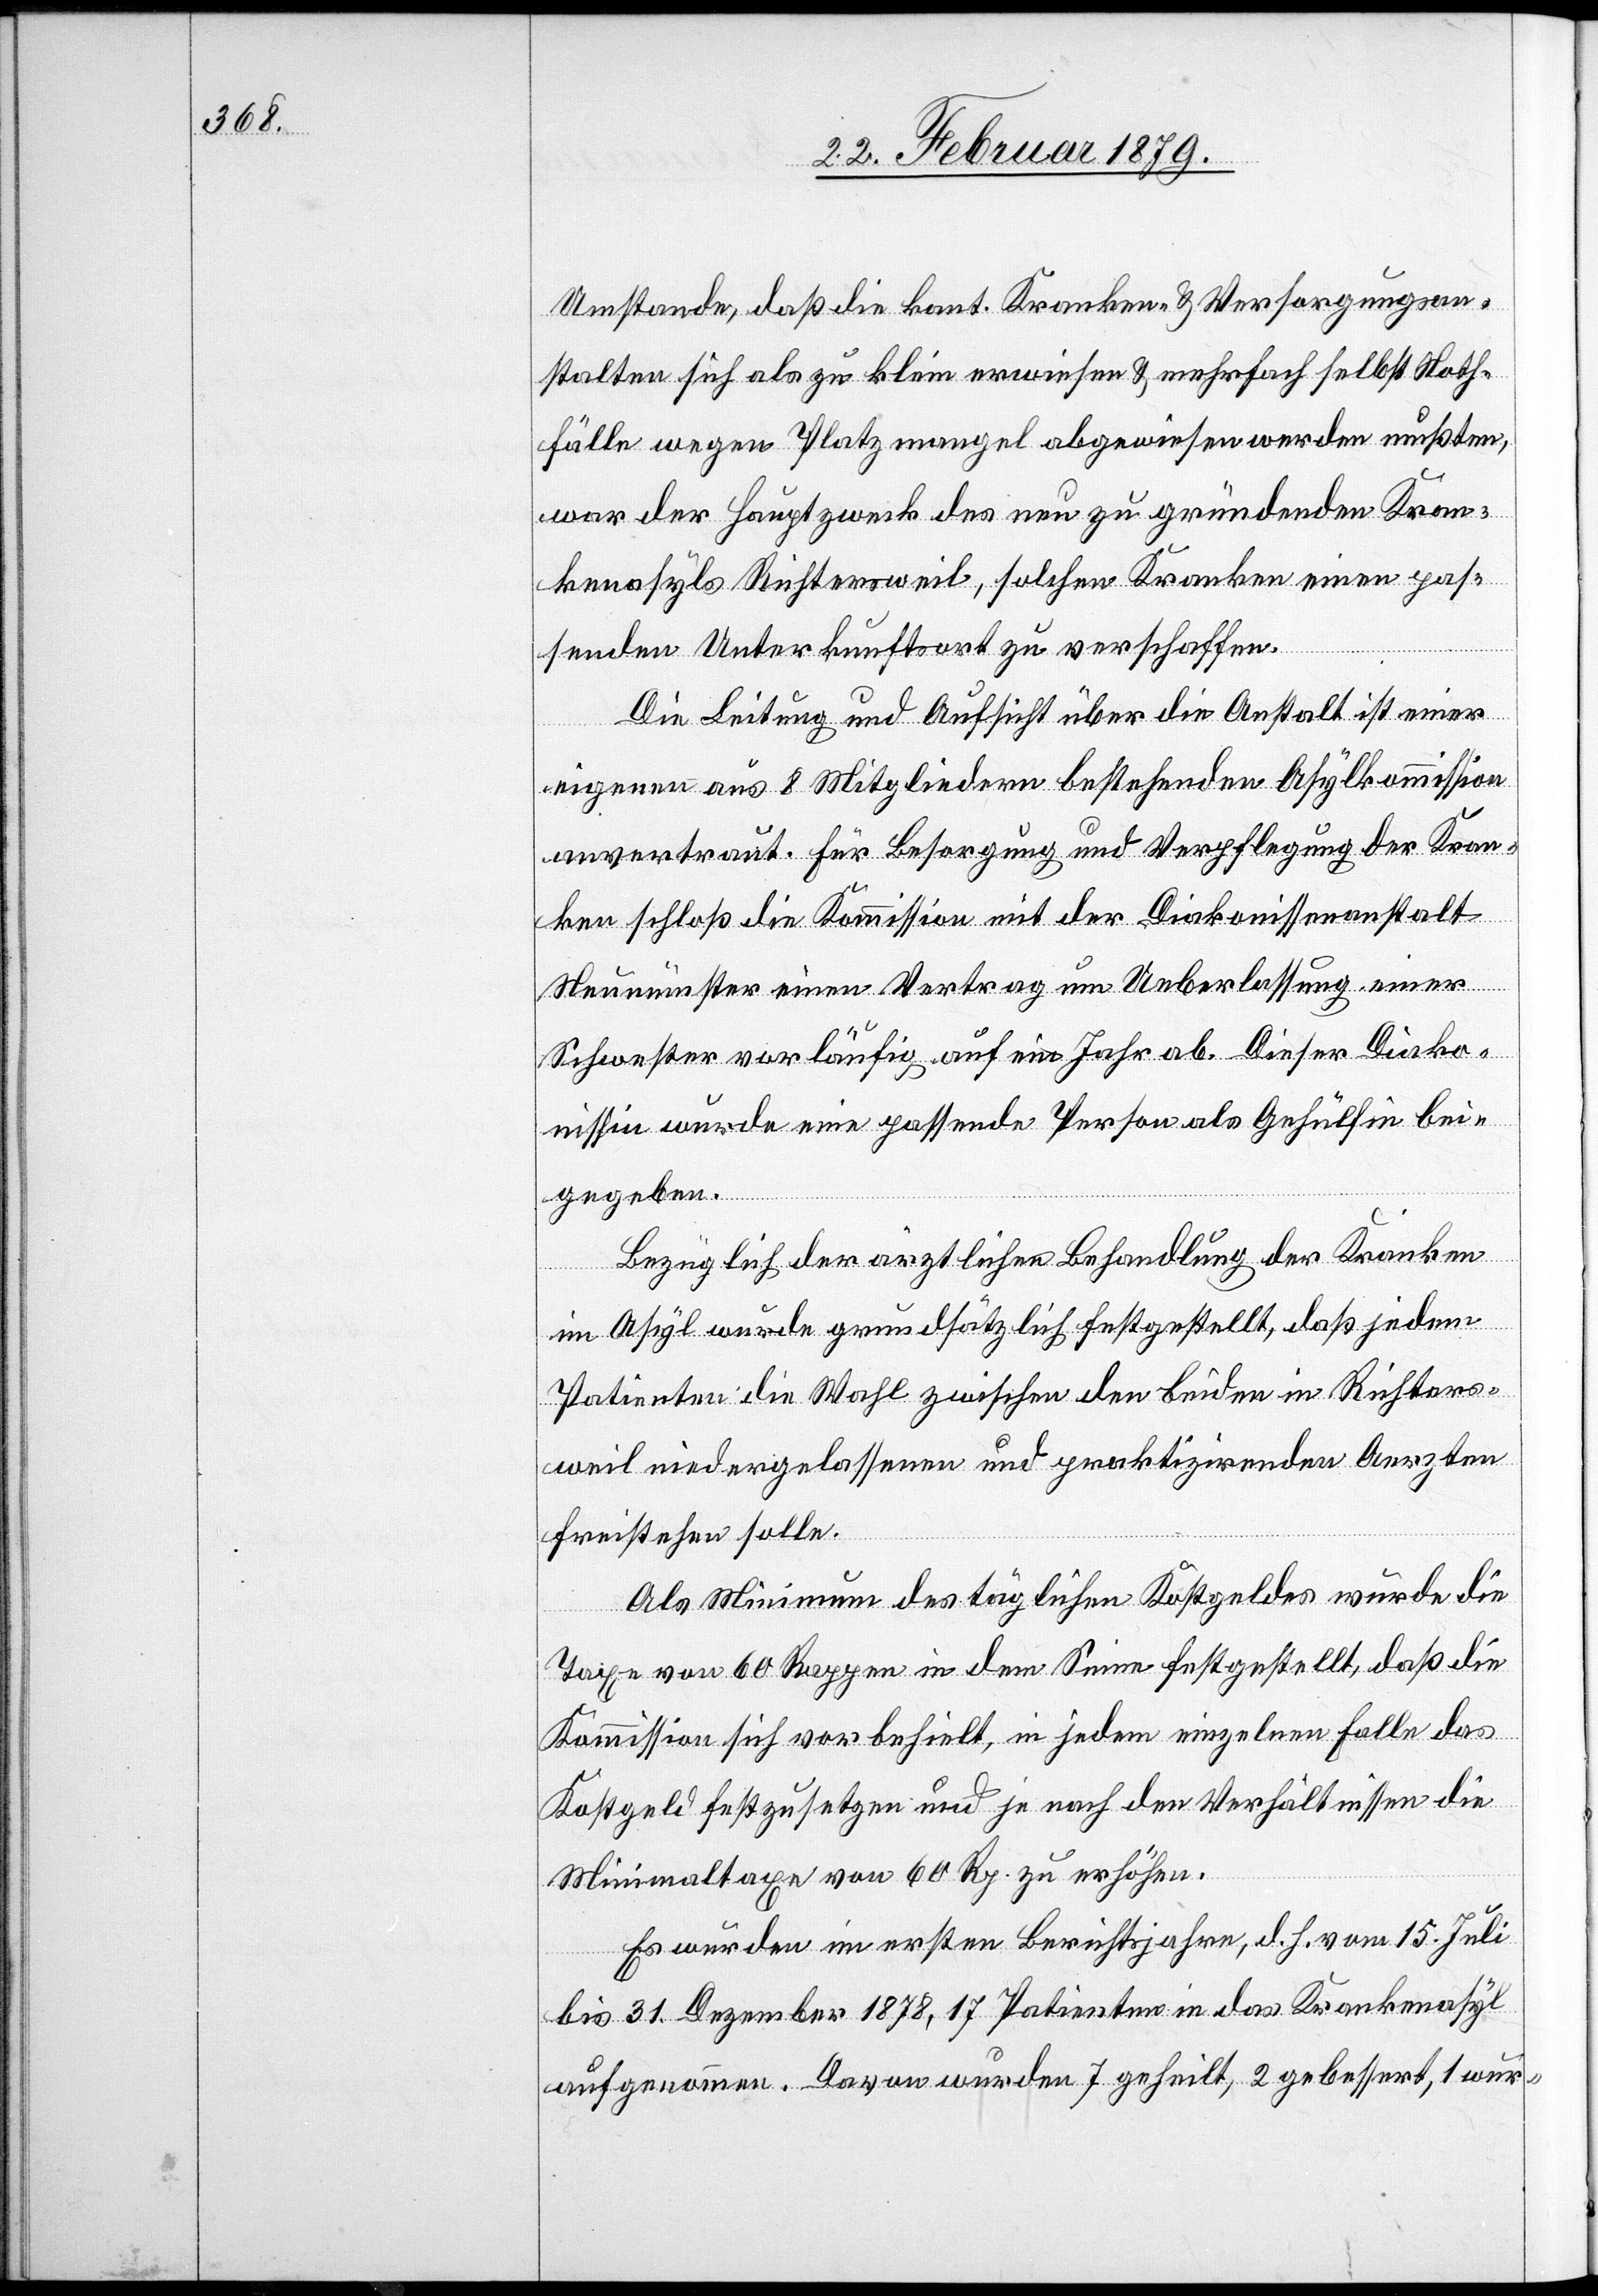
Umstande, daß die kant. Kranken- & Versorgungsan¬
stalten sich als zu klein erwiesen & mehrfach selbst Noth¬
fälle wegen Platzmangel abgewiesen werden mußten,
war der Hauptzweck des neu zu gründenden Kran¬
kenasyls Richtersweil, solchen Kranken einen pas¬
senden Unterkunftsort zu verschaffen.
Die Leitung und Aufsicht über die Anstalt ist einer
eigenen aus 8 Mitgliedern bestehenden Asylkommission
anvertraut. Für Besorgung und Verpflegung der Kran¬
ken schloß die Kommission mit der Diakonissenanstalt
Neumünster einen Vertrag um Ueberlassung einer
Schwester vorläufig auf ein Jahr ab. Dieser Diako¬
nissin wurde eine passende Person als Gehülfin bei¬
gegeben.
Bezüglich der ärztlichen Behandlung der Kranken
im Asyl wurde grundsätzlich festgestellt, daß jedem
Patienten die Wahl zwischen den beiden in Richters¬
weil niedergelassenen und praktizirenden Aerzten
freistehen solle.
Als Minimum des täglichen Kostgeldes wurde die
Taxe von 60 Rappen in dem Sinne festgestellt, daß die
Kommission sich vorbehielt, in jedem einzelnen Falle das
Kostgeld festzusetzen und je nach Verhältnissen die
Minimaltaxe von 60 Rp. zu erhöhen.
Es wurden im ersten Berichtsjahre, d. h. vom 15. Juli
bis 31. Dezember 1878, 17 Patienten in das Krankenasyl
aufgenommen. Davon wurden 7 geheilt, 2 gebessert, 1 wur-